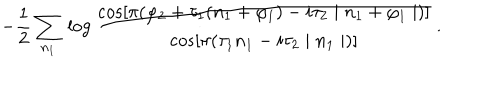
- \frac { 1 } { 2 } \sum _ { n _ { 1 } } \, \log \frac { \cos [ \pi ( \varphi _ { 2 } + \tau _ { 1 } ( n _ { 1 } + \varphi _ { 1 } ) - i \tau _ { 2 } \mid n _ { 1 } + \varphi _ { 1 } \mid ) ] } { \cos [ \pi ( \tau _ { 1 } n _ { 1 } - i \tau _ { 2 } \mid n _ { 1 } \mid ) ] } \, .